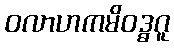
ဝလာဟကမိဝဒ္ဓဂူ